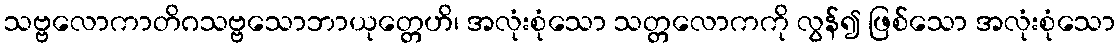
သဗ္ဗလောကာတိဂသဗ္ဗသောဘာယုတ္တေဟိ၊ အလုံးစုံသော သတ္တလောကကို လွန်၍ ဖြစ်သော အလုံးစုံသော